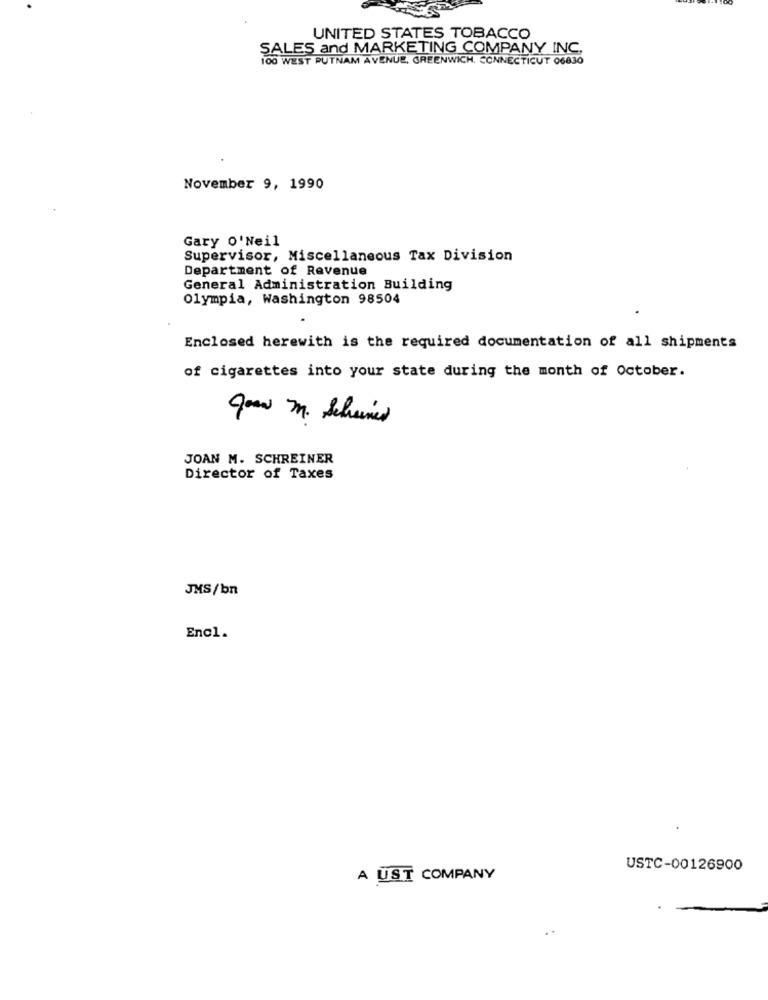
UNITED STATES TOBACCO
SALES and MARKETING COMPANY INC.
100 WEST PUTNAM AVENUE, GREENWICH, CONNECTICUT 06830
November 9, 1990
Gary O'Neil
Supervisor, Miscellaneous Tax Division
Department of Revenue
General Administration Building
Olympia, Washington 98504
Enclosed herewith is the required documentation of all shipments
of cigarettes into your state during the month of October.
JOAN M. SCHREINER
Director of Taxes
JMS/bn
Encl.
USTC-00126900
A UST COMPANY